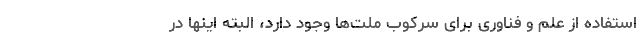
استفاده از علم و فناوری برای سرکوب ملت‌ها وجود دارد، البته اینها در